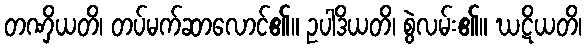
တဏှိယတိ၊ တပ်မက်ဆာလောင်၏။ ဥပါဒိယတိ၊ စွဲလမ်း၏။ ဃဋိယတိ၊